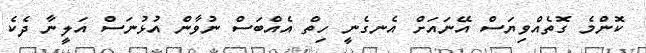
ކޮންމެ ގޮތެއްވިޔަސް އޭނައަށް އެނގެނީ ހިތް އެއްބަސް ނުވާން އުޅުނަސް އަލީނާ ދެކެ